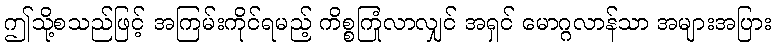
ဤသို့စသည်ဖြင့် အကြမ်းကိုင်ရမည့် ကိစ္စကြုံလာလျှင် အရှင် မောဂ္ဂလာန်သာ အများအပြား